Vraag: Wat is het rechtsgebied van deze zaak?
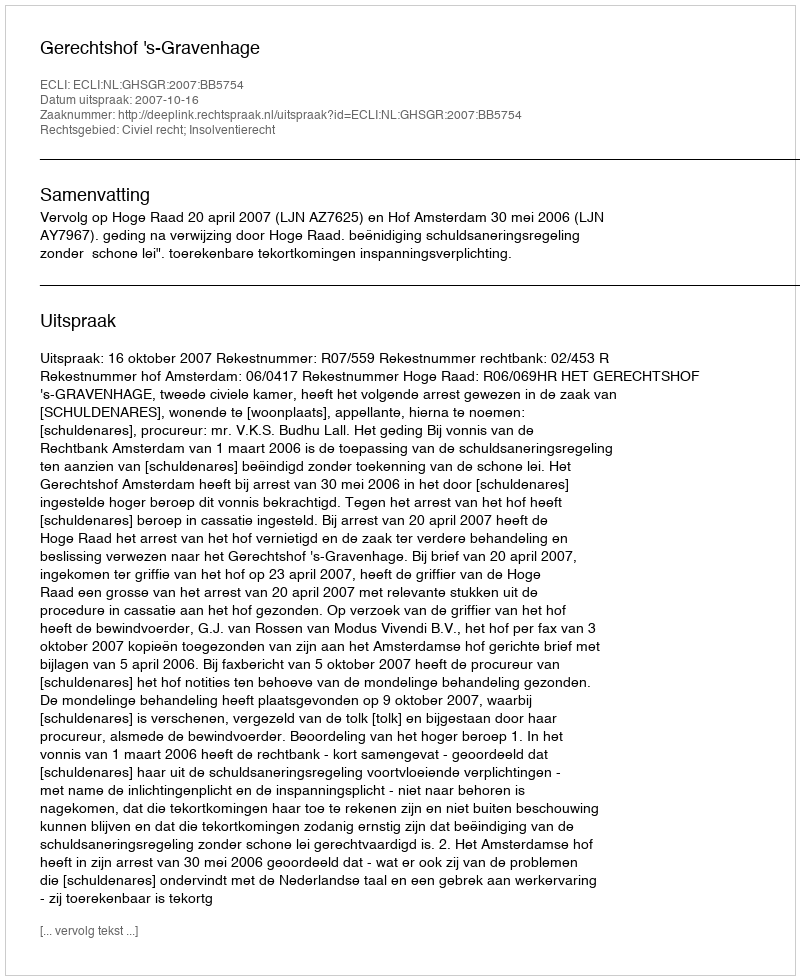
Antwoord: Civiel recht; Insolventierecht